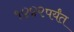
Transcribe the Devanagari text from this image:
१४४२पर्यंत